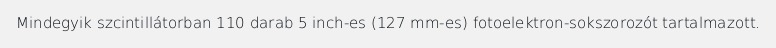
Mindegyik szcintillátorban 110 darab 5 inch-es (127 mm-es) fotoelektron-sokszorozót tartalmazott.